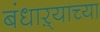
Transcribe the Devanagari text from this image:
बंधाऱ्याच्या